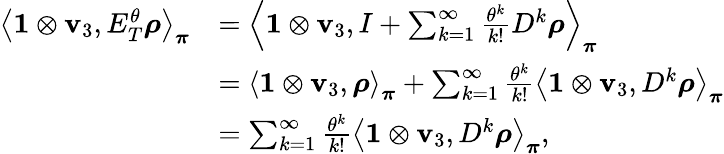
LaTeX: \begin{array}{rl}{\left\langle\mathbf{1}\otimes\mathbf{v}_{3},E_{T}^{\theta}\boldsymbol\rho\right\rangle_{\boldsymbol\pi}}&{=\left\langle\mathbf{1}\otimes\mathbf{v}_{3},I+\sum_{k=1}^{\infty}\frac{\theta^{k}}{k!}D^{k}\boldsymbol\rho\right\rangle_{\boldsymbol\pi}}\\ &{=\left\langle\mathbf{1}\otimes\mathbf{v}_{3},\boldsymbol\rho\right\rangle_{\boldsymbol\pi}+\sum_{k=1}^{\infty}\frac{\theta^{k}}{k!}\left\langle\mathbf{1}\otimes\mathbf{v}_{3},D^{k}\boldsymbol\rho\right\rangle_{\boldsymbol\pi}}\\ &{=\sum_{k=1}^{\infty}\frac{\theta^{k}}{k!}\left\langle\mathbf{1}\otimes\mathbf{v}_{3},D^{k}\boldsymbol\rho\right\rangle_{\boldsymbol\pi},}\end{array}